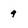
Character: 9